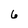
Character: 6